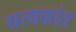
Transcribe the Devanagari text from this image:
सत्यकांत